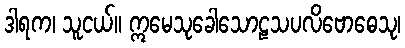
ဒါရက၊ သူငယ်။ ဣမေသုခေါသောဠသပလိဗောဓေသု၊